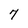
Character: 7